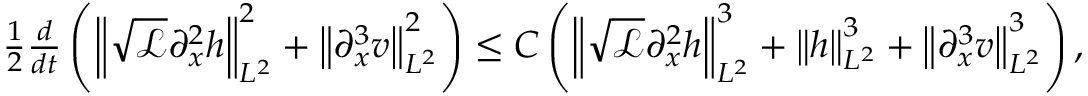
\begin{array} { r } { \frac { 1 } { 2 } \frac { d } { d t } \left( \left\| \sqrt { \mathscr { L } } \partial _ { x } ^ { 2 } h \right\| _ { L ^ { 2 } } ^ { 2 } + \left\| \partial _ { x } ^ { 3 } v \right\| _ { L ^ { 2 } } ^ { 2 } \right) \leq C \left( \left\| \sqrt { \mathscr { L } } \partial _ { x } ^ { 2 } h \right\| _ { L ^ { 2 } } ^ { 3 } + \left\| h \right\| _ { L ^ { 2 } } ^ { 3 } + \left\| \partial _ { x } ^ { 3 } v \right\| _ { L ^ { 2 } } ^ { 3 } \right) , } \end{array}